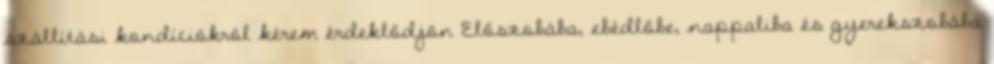
szállítási kondíciókról kérem érdeklődjön Előszobába, ebédlőbe, nappaliba és gyerekszobába